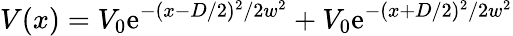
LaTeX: V(x)=V_{0}\mathrm{e}^{-(x-D/2)^{2}/2w^{2}}+V_{0}\mathrm{e}^{-(x+D/2)^{2}/2w^{2}}